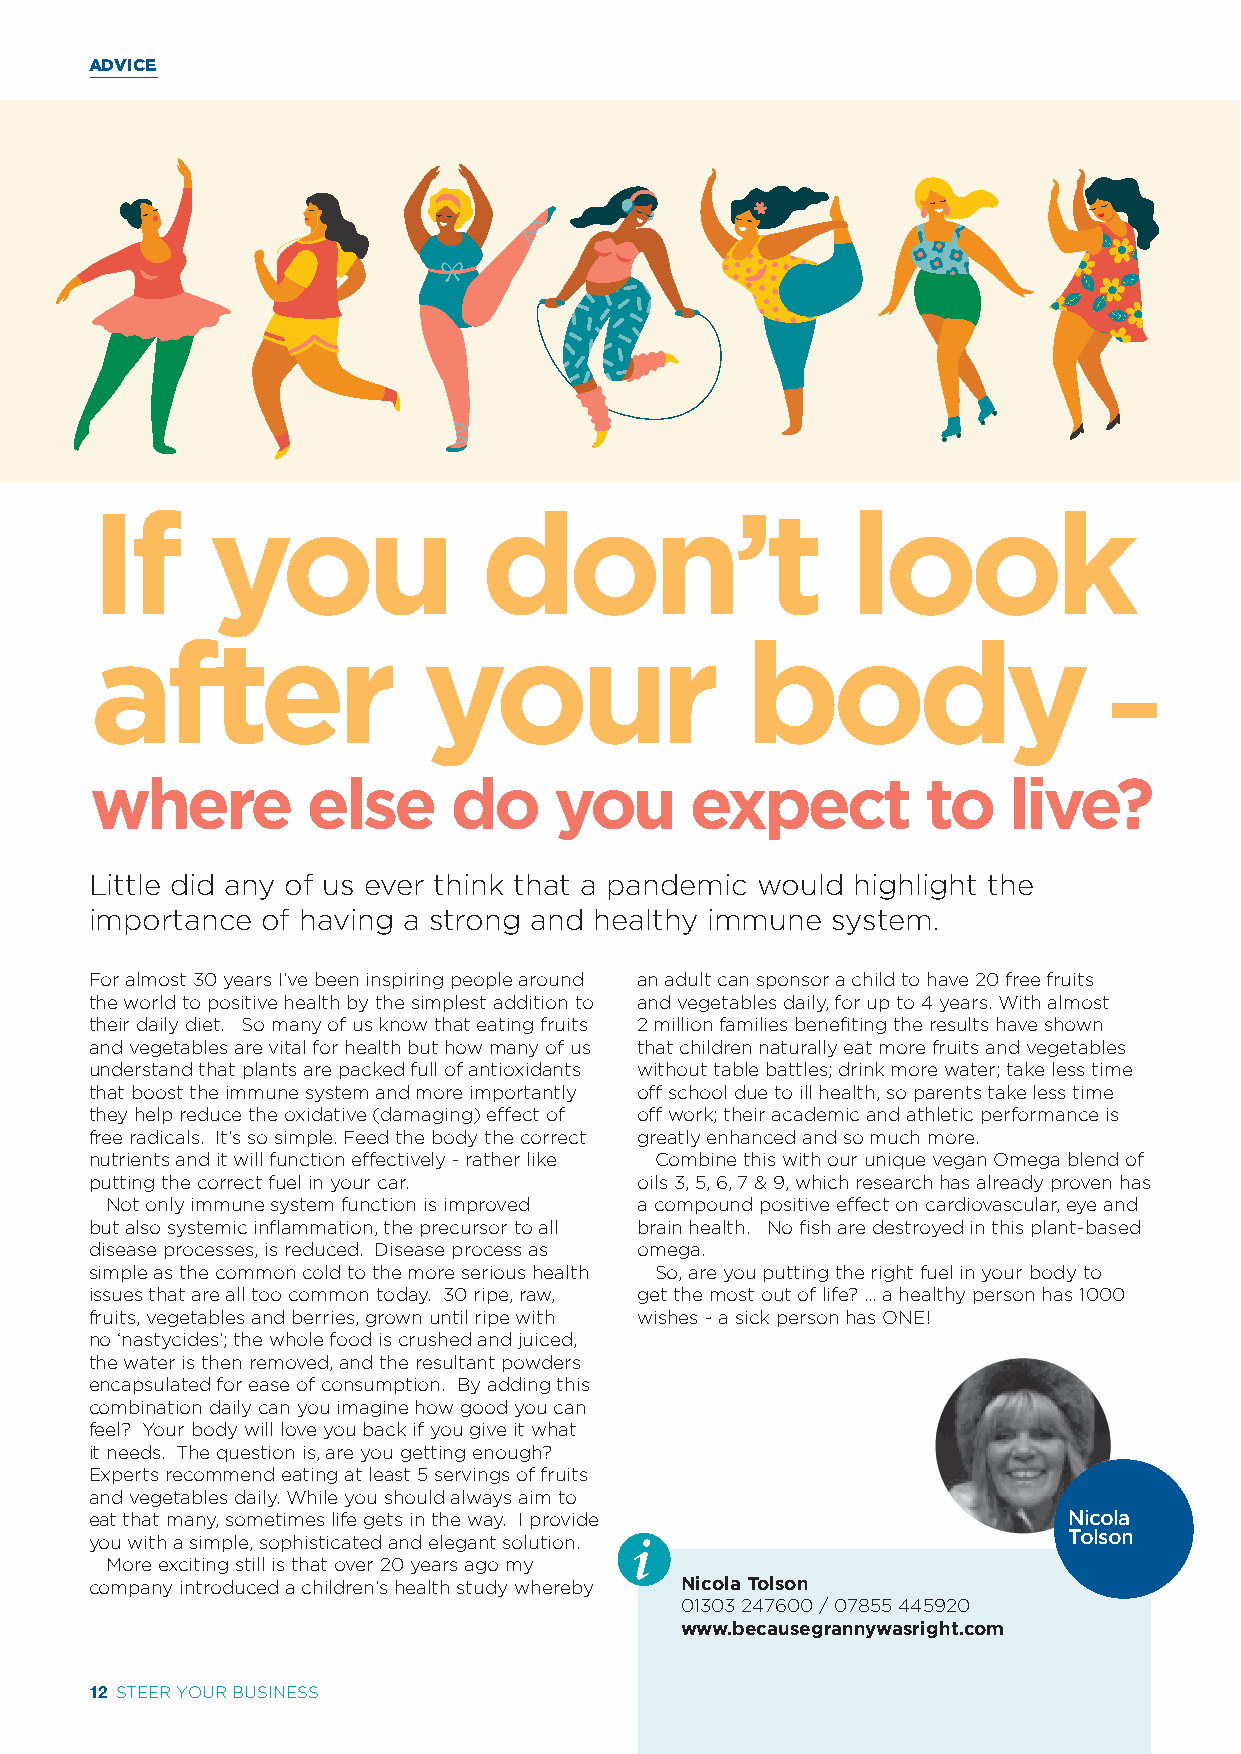
ADVICE
 If      you               don’t                   look
 after                 your                 body
 –
 where         else      do     you      expect         to    live?
 Little did any of us ever think that a pandemic would highlight the
 importance of having a strong and healthy immune system.
 For almost 30 years I’ve been inspiring people around an adult can sponsor a child to have 20 free fruits
 the world to positive health by the simplest addition to and vegetables daily, for up to 4 years. With almost
 their daily diet. So many of us know that eating fruits 2 million families benefiting the results have shown
 and vegetables are vital for health but how many of us that children naturally eat more fruits and vegetables
 understand that plants are packed full of antioxidants without table battles; drink more water; take less time
 that boost the immune system and more importantly off school due to ill health, so parents take less time
 they help reduce the oxidative (damaging) effect of off work; their academic and athletic performance is
 free radicals. It’s so simple. Feed the body the correct greatly enhanced and so much more.
 nutrients and it will function effectively - rather like Combine this with our unique vegan Omega blend of
 putting the correct fuel in your car. oils 3, 5, 6, 7 & 9, which research has already proven has
 Not only immune system function is improved a compound positive effect on cardiovascular, eye and
 but also systemic inflammation, the precursor to all brain health. No fish are destroyed in this plant-based
 disease processes, is reduced. Disease process as omega.
 simple as the common cold to the more serious health So, are you putting the right fuel in your body to
 issues that are all too common today. 30 ripe, raw, get the most out of life? ... a healthy person has 1000
 fruits, vegetables and berries, grown until ripe with wishes ~ a sick person has ONE!
 no ‘nastycides’; the whole food is crushed and juiced,
 the water is then removed, and the resultant powders
 encapsulated for ease of consumption. By adding this
 combination daily can you imagine how good you can
 feel? Your body will love you back if you give it what
 it needs. The question is, are you getting enough?
 Experts recommend eating at least 5 servings of fruits
 and vegetables daily. While you should always aim to
 eat that many, sometimes life gets in the way. I provide         Nicola
 i                            Tolson
 you with a simple, sophisticated and elegant solution.
 More exciting still is that over 20 years ago my
 company introduced a children’s health study whereby Nicola Tolson
 01303 247600 / 07855 445920
 www.becausegrannywasright.com
 12 STEER YOUR BUSINESS